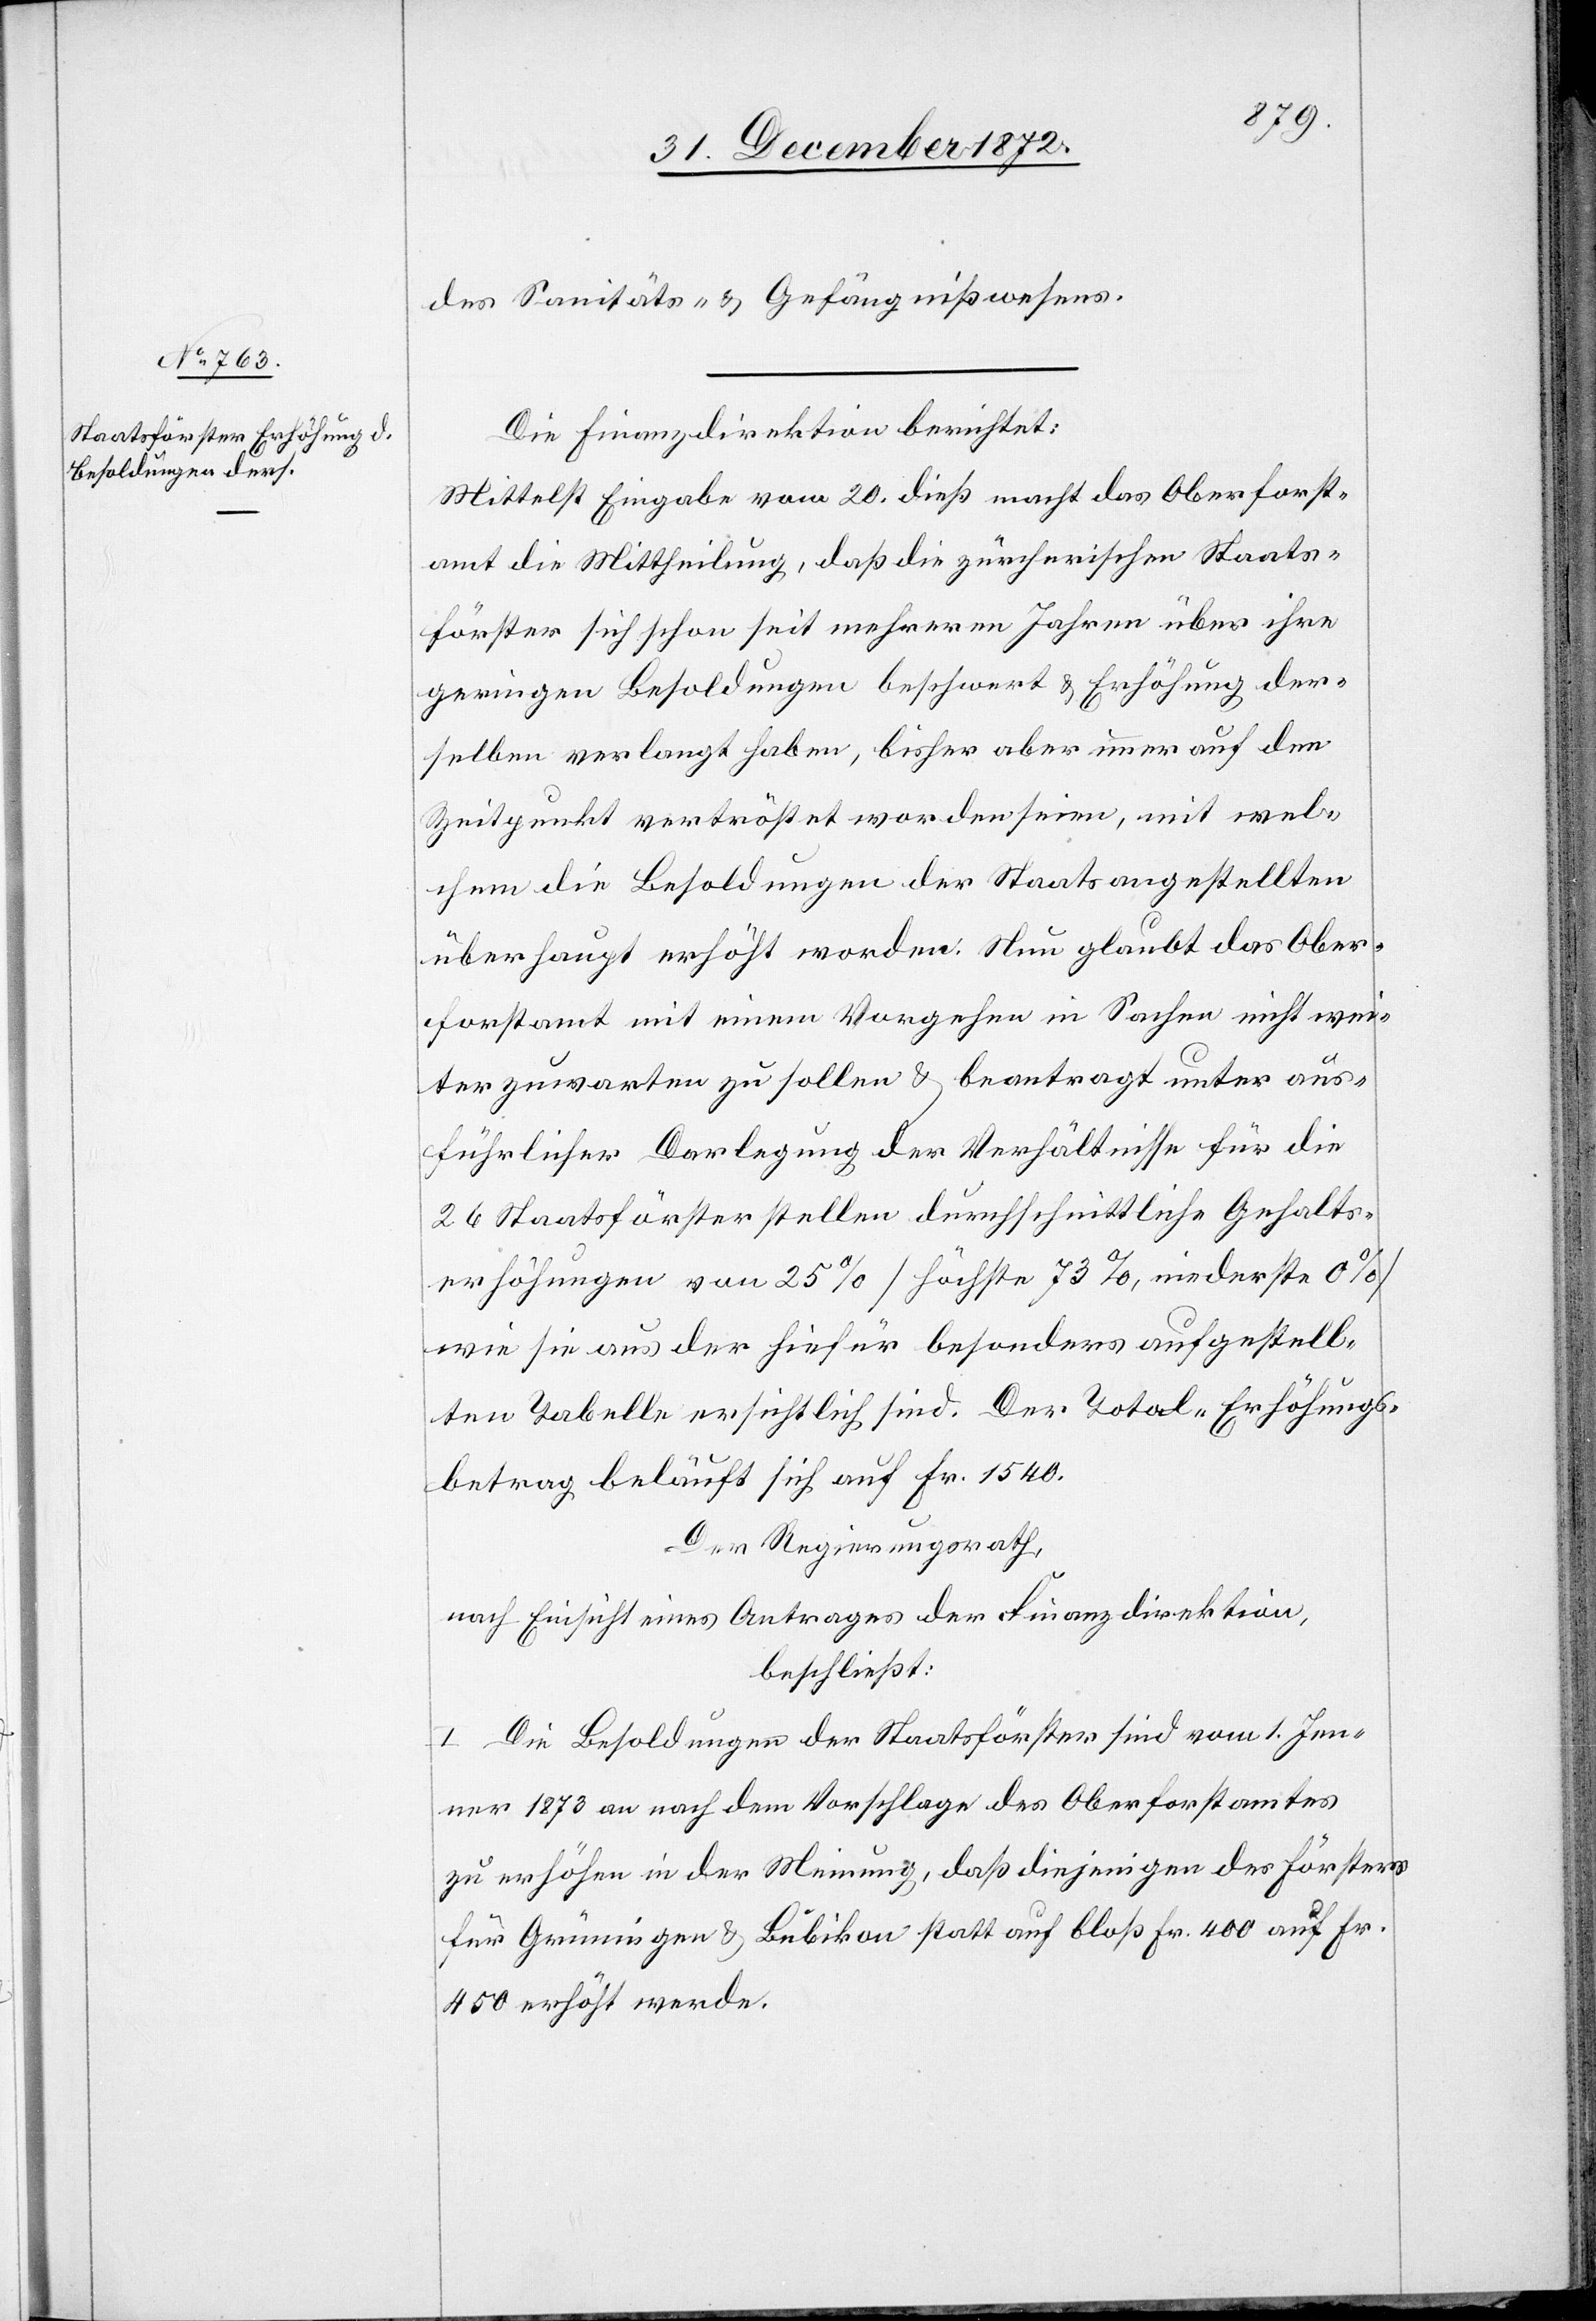
des Sanitäts- u. Gefängnißwesens.
Die Finanzdirektion berichtet:
Mittelst Eingabe vom 20. dieß macht das Oberforst¬
amt die Mittheilung, daß die zürcherischen Staats¬
förster sich schon seit mehreren Jahren über ihre
geringen Besoldungen beschwert u. Erhöhung der¬
selben verlangt haben, bisher aber immer auf den
Zeitpunkt vertröstet worden seien, mit wel¬
chem die Besoldungen der Staatsangestellten
überhaupt erhöht worden. Nun glaubt das Ober¬
forstamt mit einem Vorgehen in Sachen nicht wei¬
ter zuwarten zu sollen u. beantragt unter aus¬
führlicher Darlegung der Verhältnisse für die
26 Staatsförster stellen durchschnittliche Gehalts¬
erhöhungen von 25% [höchste 73%, niederste 0%]
wie sie aus der hiefür besonders aufgestell¬
ten Tabelle ersichtlich sind. Der Total-Erhöhungs¬
betrag beläuft sich auf Fr. 1540.
Der Regierungsrath,
nach Einsicht eines Antrages der Finanzdirektion,
beschließt:
I. Die Besoldungen der Staatsförster sind vom 1. Jen¬
ner 1873 an nach dem Vorschlage des Oberforstamtes
zu erhöhen in der Meinung, daß diejenigen des Försters
für Grüningen u. Bubikon statt auf bloß Fr. 400 auf Fr.
450 erhöht werde.